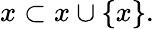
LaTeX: x\subset x\cup\{ x\} .